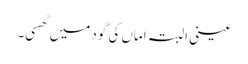
عینی البتہ اماں کی گود میں گھسی۔